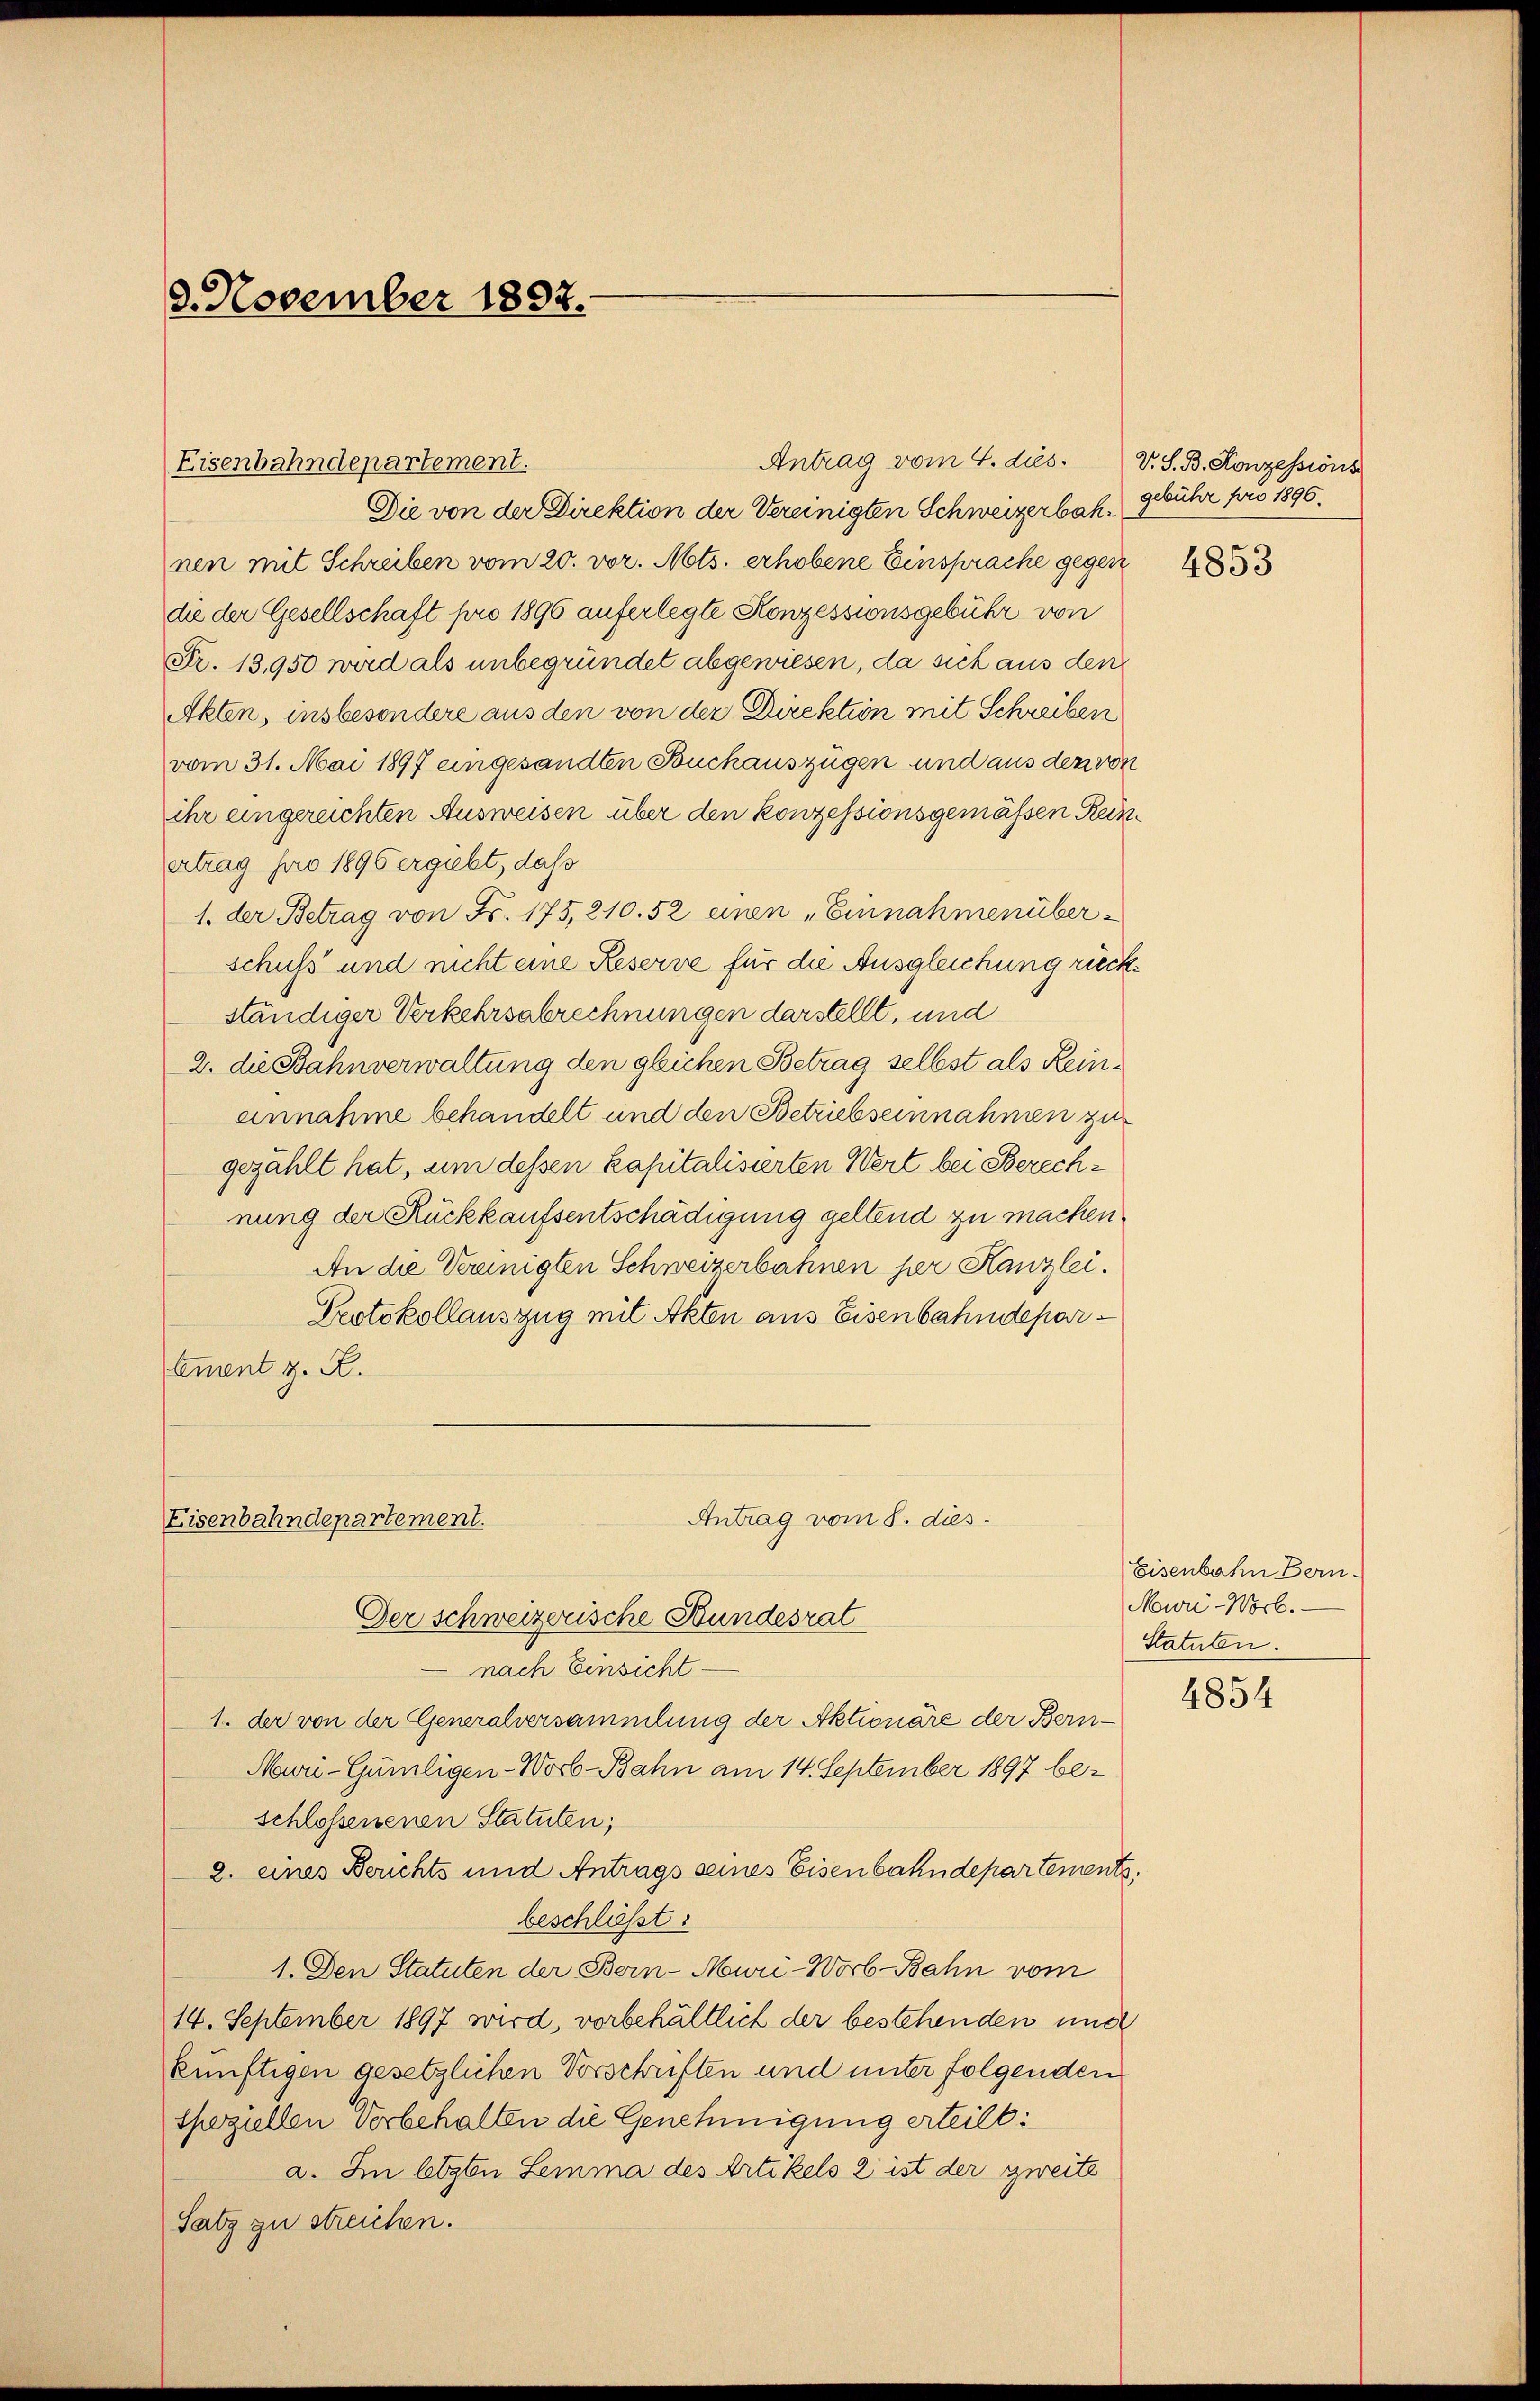
3. November 1882.

Eisenbahndepartement.

Antrag vom 8. dies
Eisenbahndepartement.
Der schweizerische Bundesrat

Die von der Direktion der Vereinigten Schweizerbahnen mit Schreiben vom 20. vor. Mts. erhobene Einsprache gegen
die der Gesellschaft pro 1896 auferlegte Konzessionsgebühr von
Fr. 13,950 wird als unbegründet abgewiesen, da sich aus den
Akten, insbesondere aus den von der Direktion mit Schreiben
vom 31. Mai 1897 eingesandten Buchauszügen und aus den von
ihr eingereichten Ausweisen über den konzessionsgemäßen Reinertrag pro 1896 ergiebt, daß
1. der Betrag von Fr. 175, 210. 52 einen „Einnahmenüberschuss und nicht eine Reserve für die Ausgleichung rückständiger Verkehrsabrechnungen darstellt, und
2. die Bahnverwaltung den glichen Betrag selbst als Reinannahme behandelt und den Betriebseinnahmen zu
gezählt hat, um dessen kapitalisierten Wert bei Berechnung der Rückkaufsentschädigung geland zu machen.
An die Vereinigten Schweizerbahnen per Kanzlei.
Protokollauszug mit Akten aus Eisenbahndepartement z. B.

Antrag vom 4. ds.

nach Einsicht
1. der von der Generalversammlung der Aktionäre der Bern¬
Mavu-Gümligen-Worb-Bahn am 14. September 1897 beschlossenenen Statuten;
2. eines Berichts und Antrags seines Eisenbahndepartements,
beschließt:
1. Den Statuten der Bern-Mauri-Worb-Bahn vom
14. September 1897 wird, vorbehältlich der bestehenden und
künftigen gesetzlichen Vorschriften und unter folgenden
speziellen Vorbehalten die Genehmigung erteilt:
a. In legten Lemma des Artikels 2 ist der zweite
Satz zu streichen.

V. S. B. Konzessions
gebühr pro 1890.

4853

Eisenbahn Bern.
Mwri-Worb.
Statuten.

4854